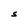
Character: S